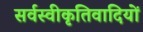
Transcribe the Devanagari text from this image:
सर्वस्वीकृतिवादियों